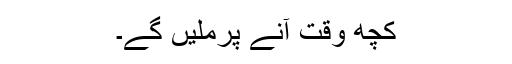
کچھ وقت آنے پرملیں گے۔